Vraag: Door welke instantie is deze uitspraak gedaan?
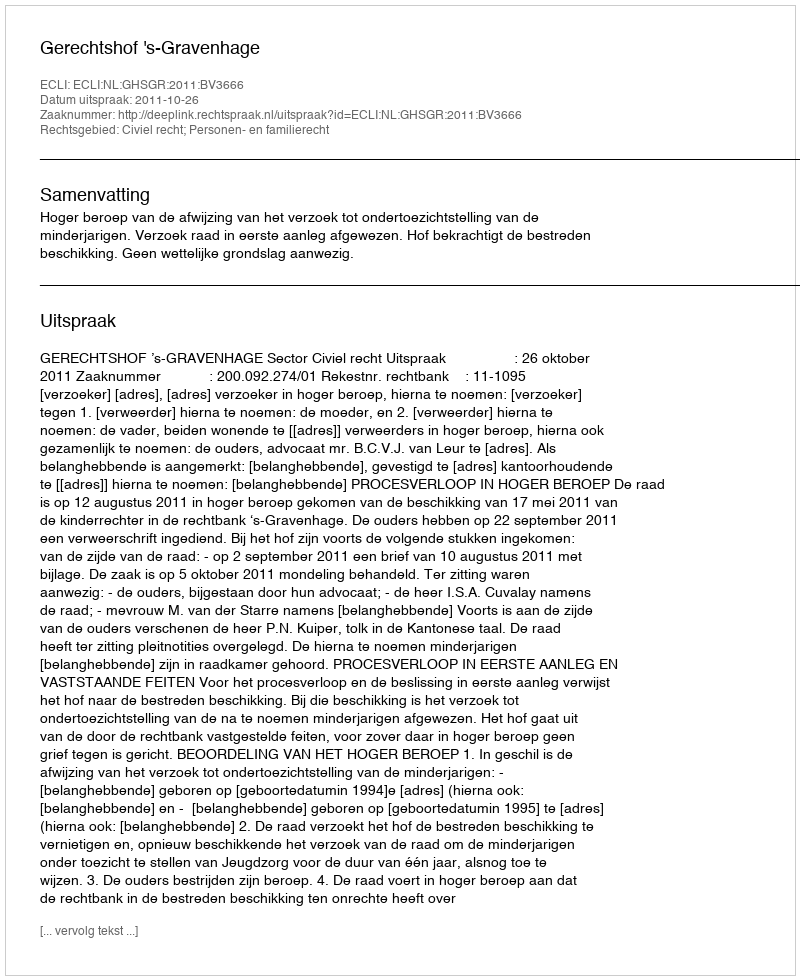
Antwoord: Gerechtshof 's-Gravenhage